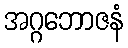
အဂ္ဂဘောဇနံ